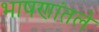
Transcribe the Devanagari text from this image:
भाषणांतले